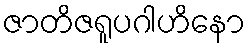
ဇာတိဇရူပဂါဟိနော